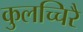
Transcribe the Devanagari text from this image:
कुलच्चिरै